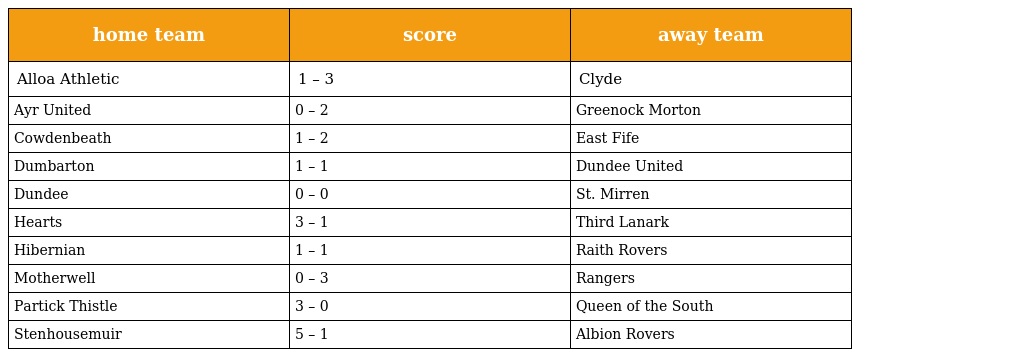
| home team | score | away team |
 | --- | --- | --- |
 | Alloa Athletic | 1 – 3 | Clyde |
 | Ayr United | 0 – 2 | Greenock Morton |
 | Cowdenbeath | 1 – 2 | East Fife |
 | Dumbarton | 1 – 1 | Dundee United |
 | Dundee | 0 – 0 | St. Mirren |
 | Hearts | 3 – 1 | Third Lanark |
 | Hibernian | 1 – 1 | Raith Rovers |
 | Motherwell | 0 – 3 | Rangers |
 | Partick Thistle | 3 – 0 | Queen of the South |
 | Stenhousemuir | 5 – 1 | Albion Rovers |